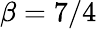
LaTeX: \beta=7/4